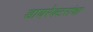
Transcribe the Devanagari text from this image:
डायरेक्टरांचा